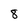
Character: 8